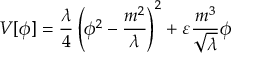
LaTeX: V [ \phi ] = \frac { \lambda } { 4 } \left( \phi ^ { 2 } - \frac { m ^ { 2 } } { \lambda } \right) ^ { 2 } + \varepsilon \frac { m ^ { 3 } } { \sqrt \lambda } \phi